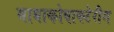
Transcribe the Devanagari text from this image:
मायाकोबाक्टेरीम